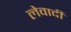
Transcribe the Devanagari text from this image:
लेवादी